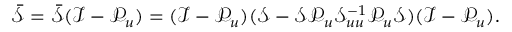
\bar { \mathcal { S } } = \bar { \mathcal { S } } ( \mathcal { I } - \mathcal { P } _ { u } ) = ( \mathcal { I } - \mathcal { P } _ { u } ) ( \mathcal { S } - \mathcal { S } \mathcal { P } _ { u } \mathcal { S } _ { u u } ^ { - 1 } \mathcal { P } _ { u } \mathcal { S } ) ( \mathcal { I } - \mathcal { P } _ { u } ) .